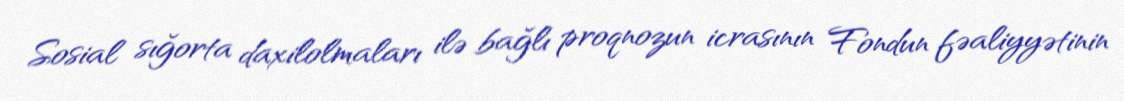
Sosial sığorta daxilolmaları ilə bağlı proqnozun icrasının Fondun fəaliyyətinin